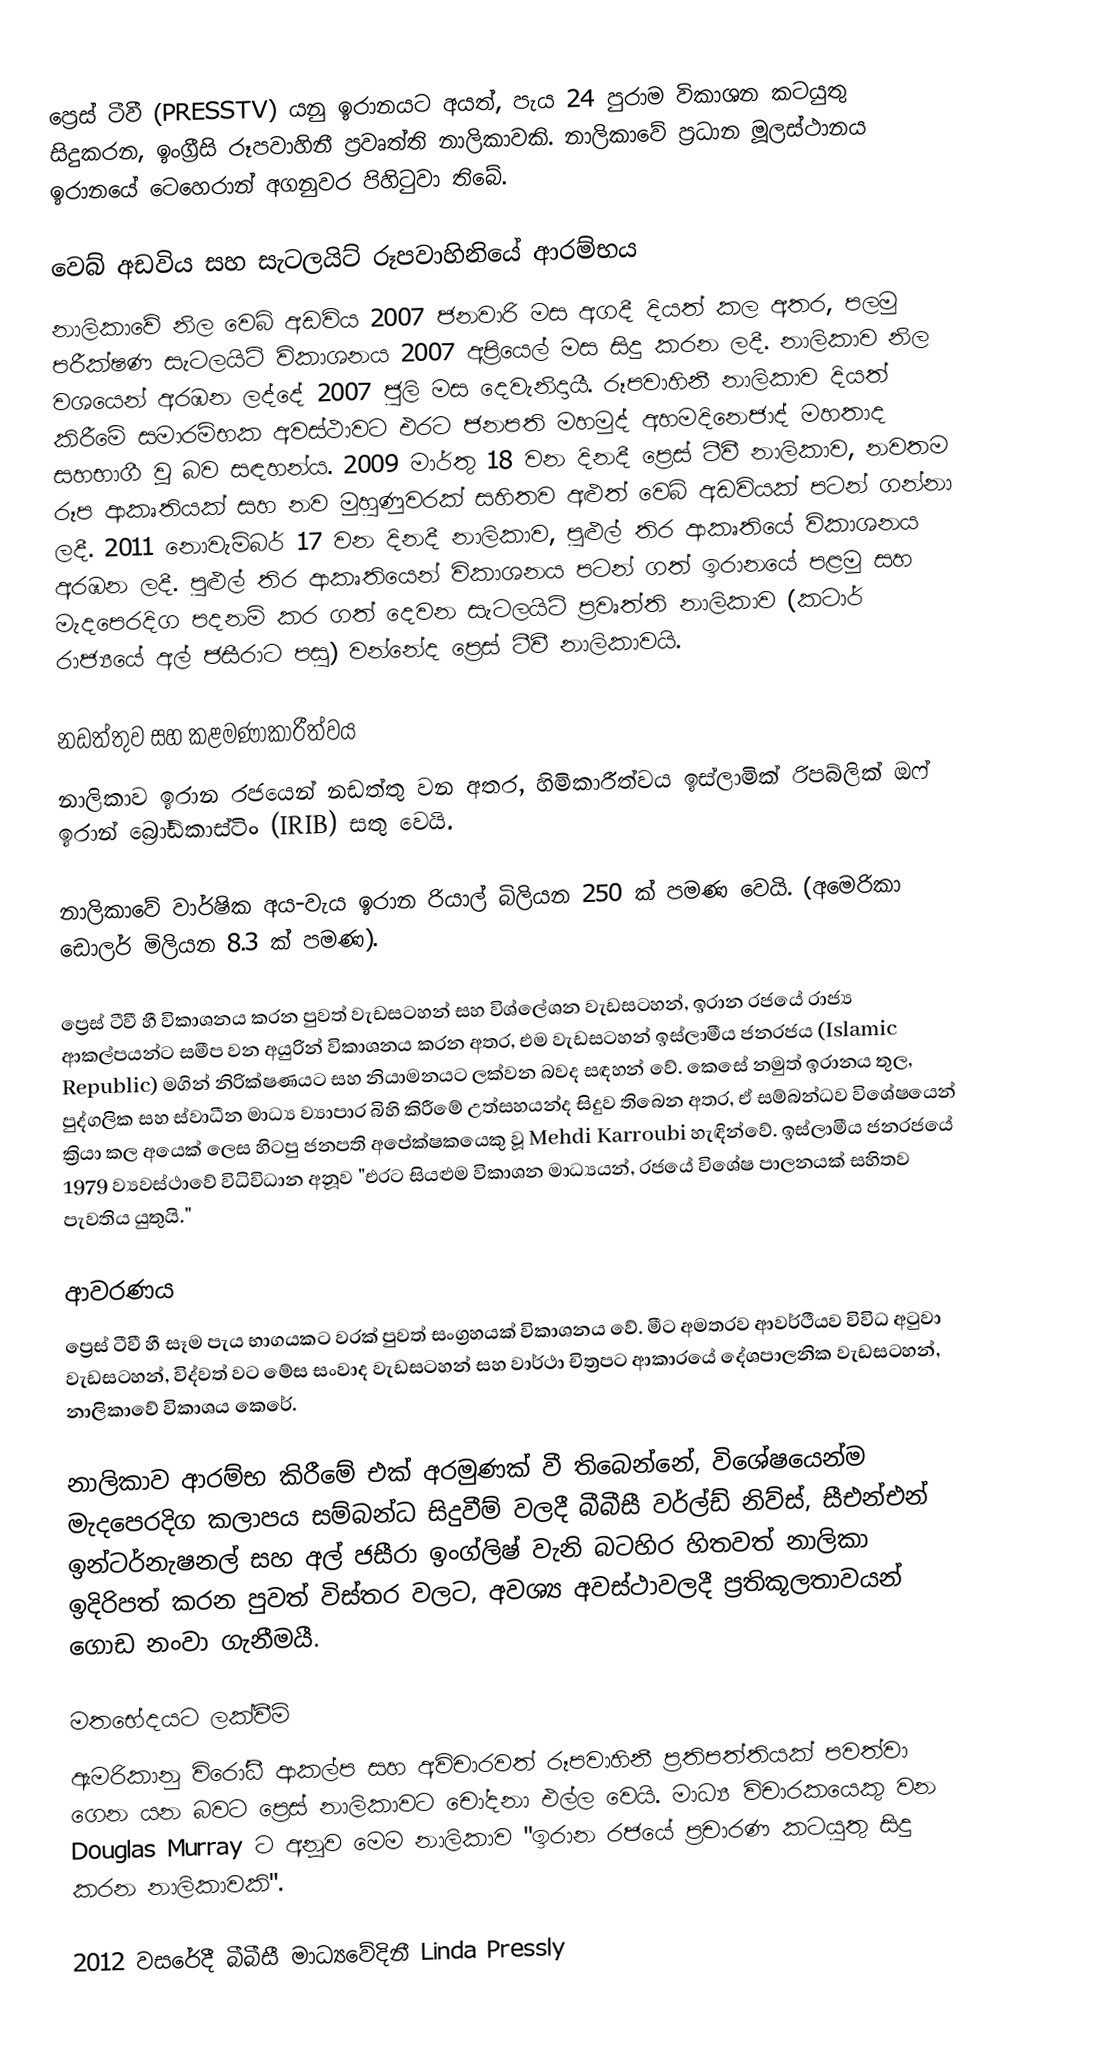
ප්‍රෙස් ටීවී (PRESSTV) යනු ඉරානයට අයත්, පැය 24 පුරාම විකාශන කටයුතු සිදුකරන,  ඉංග්‍රීසි රූපවාහිනී ප්‍රවෘත්ති නාලිකාවකි. නාලිකාවේ ප්‍රධාන මූලස්ථානය ඉරානයේ ටෙහෙරාන් අගනුවර පිහිටුවා තිබේ.

වෙබ් අඩවිය සහ සැටලයිට් රූපවාහිනියේ ආරම්භය
නාලිකාවේ නිල වෙබ් අඩවිය 2007 ජනවාරි මස අගදී දියත් කල අතර, පලමු පරීක්ෂණ සැටලයිට් විකාශනය 2007 අප්‍රියෙල් මස සිදු කරන ලදී. නාලිකාව නිල වශයෙන් අරඹන ලද්දේ 2007 ජුලි මස දෙවැනිදායී. රූපවාහිනී නාලිකාව දියත් කිරීමේ සමාරම්භක අවස්ථාවට එරට ජනපති මහමුද් අහමදිනෙජාද් මහතාද සහභාගී වූ බව සඳහන්ය. 2009 මාර්තු 18 වන දිනදී ප්‍රෙස් ටීවී නාලිකාව, නවතම රූප ආකෘතියක් සහ නව මුහුණුවරක් සහිතව අළුත් වෙබ් අඩවියක් පටන් ගන්නා ලදී. 2011 නොවැම්බර් 17 වන දිනදී නාලිකාව, පුළුල් තිර ආකෘතියේ විකාශනය අරඹන ලදී. පුළුල් තිර ආකෘතියෙන් විකාශනය පටන් ගත් ඉරානයේ පළමු සහ මැදපෙරදිග පදනම් කර ගත් දෙවන සැටලයිට් ප්‍රවෘත්ති නාලිකාව (කටාර් රාජ්‍යයේ අල් ජසීරාට පසු) වන්නේද ප්‍රෙස් ටීවී නාලිකාවයි.

නඩත්තුව සහ කළමණාකාරීත්වය
නාලිකාව ඉරාන රජයෙන් නඩත්තු වන අතර, හිමිකාරීත්වය ඉස්ලාමික් රිපබ්ලික් ඔෆ් ඉරාන් බ්‍රෝඩ්කාස්ටිං (IRIB) සතු වෙයි.

නාලිකාවේ වාර්ෂික අය-වැය ඉරාන රියාල් බිලියන 250 ක් පමණ වෙයි. (අමෙරිකා ඩොලර් මිලියන 8.3 ක් පමණ).

ප්‍රෙස් ටීවී හී විකාශනය කරන පුවත් වැඩසටහන් සහ විශ්ලේශන වැඩසටහන්, ඉරාන රජයේ රාජ්‍ය ආකල්පයන්ට සමීප වන අයුරින් විකාශනය කරන අතර, එම වැඩසටහන් ඉස්ලාමීය ජනරජය (Islamic Republic) මගින් නිරික්ෂණයට සහ නියාමනයට ලක්වන බවද සඳහන් වේ. කෙසේ නමුත් ඉරානය තුල, පුද්ගලික සහ ස්වාධීන මාධ්‍ය ව්‍යාපාර බිහි කිරීමේ උත්සහයන්ද සිදුව තිබෙන අතර, ඒ සම්බන්ධව විශේෂයෙන් ක්‍රියා කල අයෙක් ලෙස හිටපු ජනපති අපේක්ෂකයෙකු වූ Mehdi Karroubi හැඳින්වේ. ඉස්ලාමීය ජනරජයේ 1979 ව්‍යවස්ථාවේ විධිවිධාන අනූව "එරට සියළුම විකාශන මාධ්‍යයන්, රජයේ විශේෂ පාලනයක් සහිතව පැවතිය යුතුයි."

ආවරණය
ප්‍රෙස් ටීවී හී සෑම පැය භාගයකට වරක් පුවත් සංග්‍රහයක් විකාශනය වේ. මීට අමතරව ආවර්ථීයව විවිධ අටුවා වැඩසටහන්, විද්වත් වට මේස සංවාද වැඩසටහන් සහ වාර්ථා චිත්‍රපට ආකාරයේ දේශපාලනික වැඩසටහන්, නාලිකාවේ විකාශය කෙරේ.

නාලිකාව ආරම්භ කිරීමේ එක් අරමුණක් වී තිබෙන්නේ, විශේෂයෙන්ම මැදපෙරදිග කලාපය සම්බන්ධ සිදුවීම් වලදී බීබීසී වර්ල්ඩ් නිව්ස්, සීඑන්එන් ඉන්ටර්නැෂනල් සහ අල් ජසීරා ඉංග්ලිෂ් වැනි බටහිර හිතවත් නාලිකා ඉදිරිපත් කරන පුවත් විස්තර වලට, අවශ්‍ය අවස්ථාවලදී ප්‍රතිකූලතාවයන් ගොඩ නංවා ගැනීමයී.

මතභේදයට ලක්වීම්
ඇමරිකානු විරෝධී ආකල්ප සහ අවිචාරවත් රූපවාහිනී ප්‍රතිපත්තියක් පවත්වා ගෙන යන බවට ප්‍රෙස් නාලිකාවට චෝදනා එල්ල වෙයි. මාධ්‍ය විචාරකයෙකු වන Douglas Murray ට අනූව මෙම නාලිකාව "ඉරාන රජයේ ප්‍රචාරණ කටයුතු සිදු කරන නාලිකාවකි".

2012 වසරේදී බීබීසී මාධ්‍යවේදිනී Linda Pressly